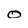
Character: O